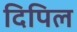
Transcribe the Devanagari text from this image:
दिपिल